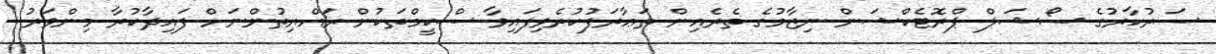
ސަރުކާރުގެ ސޯޝަލް ޕްރޮޓެކްޝަން ނިޒާމުގެ ތެރެއިން ތަޢާރަފުކުރެވިފައިވާ ސްކީމްތަކުން ރައްޔިތުންނަށް ފައިދާކުރާ މިންވަރު